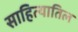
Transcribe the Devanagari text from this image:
साहित्यातिल